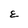
Character: E